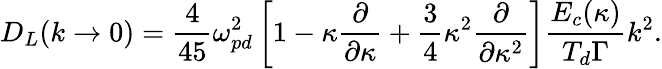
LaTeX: D_{L}({k\to 0})=\frac{4}{45}\omega_{pd}^{2}\left[1-\kappa\frac{\partial}{\partial\kappa}+\frac{3}{4}\kappa^{2}\frac{\partial}{\partial\kappa^{2}}\right]\frac{E_{c}(\kappa)}{T_{d}\Gamma}k^{2}.